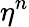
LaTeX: \eta^{n}